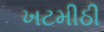
ખટમીઠી